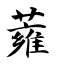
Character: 蕹